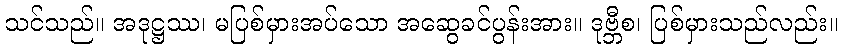
သင်သည်။ အဒုဋ္ဌဿ၊ မပြစ်မှားအပ်သော အဆွေခင်ပွန်းအား။ ဒုဗ္ဘီစ၊ ပြစ်မှားသည်လည်း။